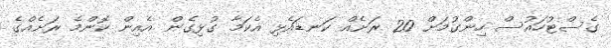
ގެސްޓުހައުސް ހިންގުމަށް 20 ރަށެއް ކަނޑައެޅި އެކަމާ ގުޅިގެން އެއިން ކޮންމެ ރަށެއްގެ